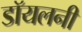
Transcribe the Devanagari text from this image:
डॉयलनी